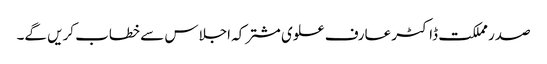
صدر مملکت ڈاکٹر عارف علوی مشترکہ اجلاس سے خطاب کریں گے۔